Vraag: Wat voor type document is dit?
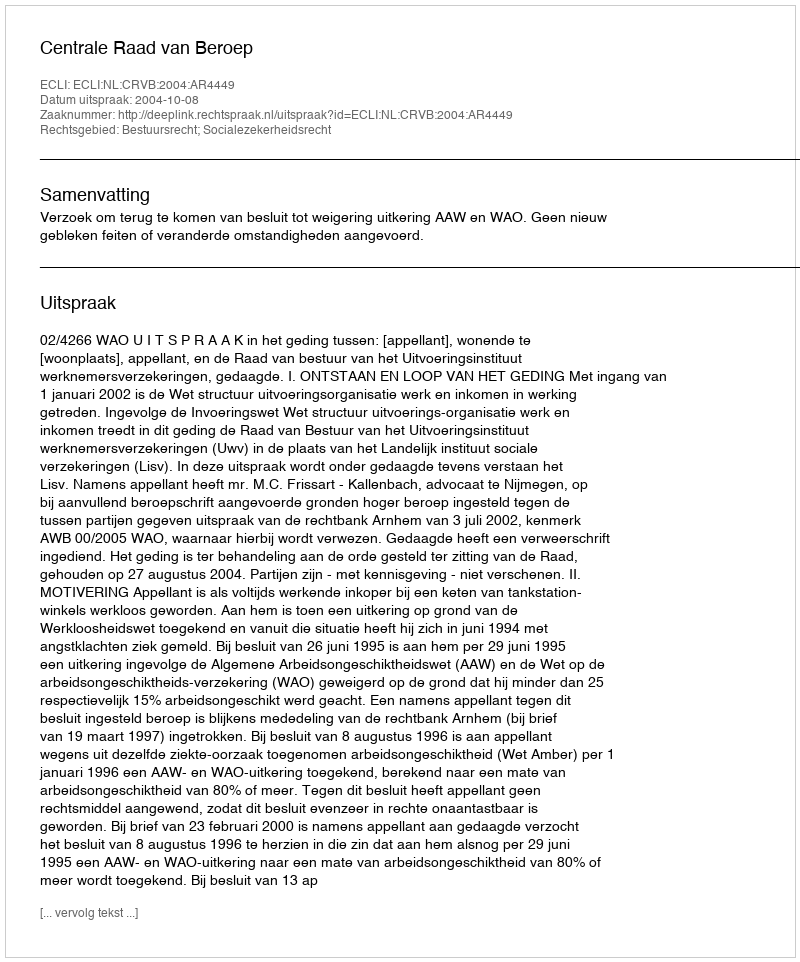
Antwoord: Uitspraak